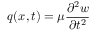
q ( x , t ) = \mu { \frac { \partial ^ { 2 } w } { \partial t ^ { 2 } } }